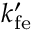
k _ { \mathrm { f e } } ^ { \prime }